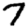
Digit: 7